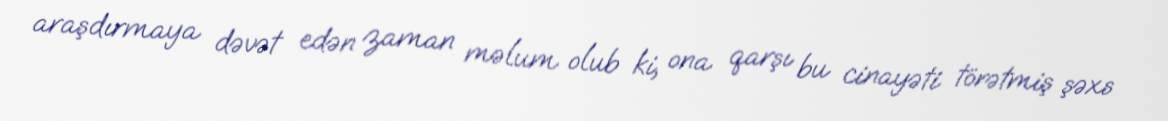
araşdırmaya dəvət edən zaman məlum olub ki, ona qarşı bu cinayəti törətmiş şəxs